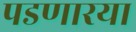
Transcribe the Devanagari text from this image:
पडणारया